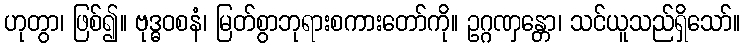
ဟုတွာ၊ ဖြစ်၍။ ဗုဒ္ဓဝစနံ၊ မြတ်စွာဘုရားစကားတော်ကို။ ဥဂ္ဂဏှန္တော၊ သင်ယူသည်ရှိသော်။